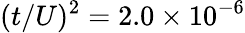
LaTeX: (t/U)^{2}=2.0\times 10^{-6}